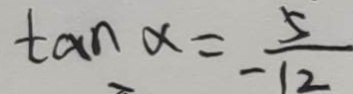
\tan \alpha = - \frac { 5 } { 1 2 }